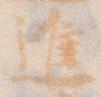
進